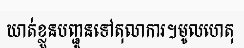
ឃាត់ខ្លួនបញ្ជូនទៅតុលាការ។មូលហេតុ